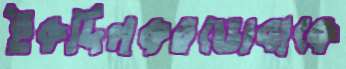
ইকদিলকরডোবাকে